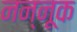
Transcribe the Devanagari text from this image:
नन्नूक